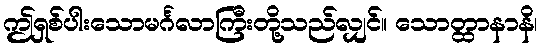
ဤရှစ်ပါးသောမင်္ဂလာကြီးတို့သည်လျှင်။ သောတ္ထာနာနိ၊